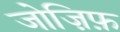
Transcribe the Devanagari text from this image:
जोज़िफ़